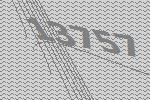
13757